Report on vaccination North-West Frontier Province 1904-1922 - 1904-1922
Year: 1904
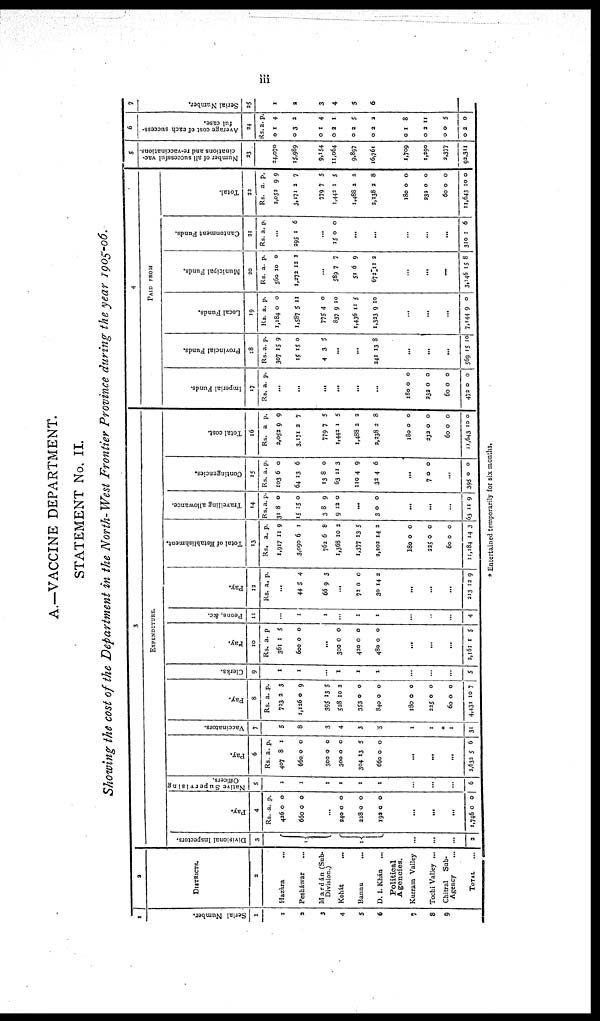
iii
A.—VACCINE DEPARTMENT.
STATEMENT No, II.
Showing the cost of the Department in the North- West Frontier Province during the year 1905-06.
1
Serial Number.
1
1
2
3
4
5
6
7
8
9
2
DISTRICTS.
2
Hazàra
...
Pesháwar ...
Mardán (Sub-
Division.)
Kohát ...
Bannu
...
D. I. Khán
...
Political
Agencies.
Kurram Valley
Tochi Valley ...
Chitral
Sub¬
Agency ...
TOTAL
...
3
EXPENDITURE.
Divisional Inspectors.
3
1
1
...
...
...
3
Pay.
4
Rs.
436
660
.a
0
0
p.
0
0
...
240
228
192
0
0
0
0
0
0
...
...
...
1,746 0 0
Native Supervising
Officers.
5
1
1
1
1
1
1
...
...
...
6
Pay.
6
Rs.
407
660
300
300
304
660
a.
8
0
0
0
13
0
p.
1
0
0
0
5
0
...
...
...
2,632 5 6
Vaccinators.
7
5
8
3
4
3
5
1
1
*
1
31
Pay.
8
Rs.
723
1,126
395
528
353
840
a.
2
0
13
10
0
0
p.
3
9
5
2
0
0
180
225
60
4,431
0
0
0
10
0
0
0
7
Clerks.
9
1
1
...
I
1
1
...
...
...
5
Pay.
10
Rs.
361
600
a.
1
0
p.
5
0
...
300
420
480
0
0
0
0
0
0
...
...
...
2,161 1 5
Peons, &c.
11
...
1
1
...
1
1
...
...
...
4
Pay.
12
Rs. a. p.
...
44
66
5
9
4
3
...
72
30
0
14
0
2
...
...
...
213 12 9
Total of Establishment.
13
Rs.
1,917
3,090
762
1,368
1,377
2,202
a.
11
6
6
10
13
14
p.
9
1
8
2
5
2
180
225
60
11,184
0
0
0
14
0
0
0
3
Travelling allowance.
14
Rs.
31
15
3
9
a.
8
15
8
12
p.
0
0
9
0
...
3 0 0
...
...
...
63 11 9
Contingencies.
15
Rs.
103
64
13
63
110
32
a.
6
13
8
11
4
4
p.
0
6
0
3
9
6
...
7 0 0
...
395 0 0
Total cost.
16
Rs.
2,052
3,171
779
1,442
1,488
3,238
a.
9
2
7
1
2
2
p.
9
7
5
5
2
8
180
232
60
11,643
0
0
0
10
0
0
0
0
4
PAID FROM
Imperial Funds.
17
Rs. a. p.
..
...
..
...
...
...
180
232
60
472
0
0
0
0
0
0
0
0
Provincial Funds.
18
Rs.
307
15
4
a.
15
15
3
p.
9
0
5
...
...
241 13 8
...
...
...
569 15 10
Local Funds.
19
Rs.
1,184
1,587
775
837
1,436
1,323
a.
0
5
4
9
11
9
p.
0
11
0
10
5
10
...
...
...
7,144 9 0
Municipal Funds.
20
Rs.
560
1,272
a.
10
12
p.
0
2
...
589
51
672
7
6
11
7
9
2
...
...
...
3,146 15 8
Cantonment Funds.
21
Rs. a. p.
...
295 1 6
...
15 0 0
...
...
...
...
...
310 1
6
Total.
22
Rs.
2,052
3,171
779
1,442
1,488
2,238
a.
9
2
7
1
2
2
180
232
60
11,643
0
0
0
10
p.
9
7
5
5
2
8
0
0
0
0
5
Number of all successful vac-
cinations and re-vaccinations.
23
24,070
15,989
9,154
11,064
9,897
16,761
1,709
1,290
2,377
92,311
6
Average cost of each success-
ful case.
24
Rs.
0
0
0
0
0
0
a.
1
3
1
2
2
2
p.
4
2
4
1
5
2
0
0
0
0
1
2
0
2
8
11
5
0
7
Serial Number.
25
1
2
3
4
5
6
* Entertained temporarily for six months.